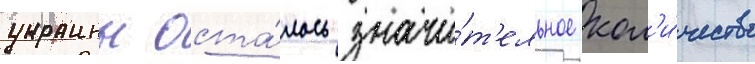
украины оста́лось значи́т'ельное кол'и́чество